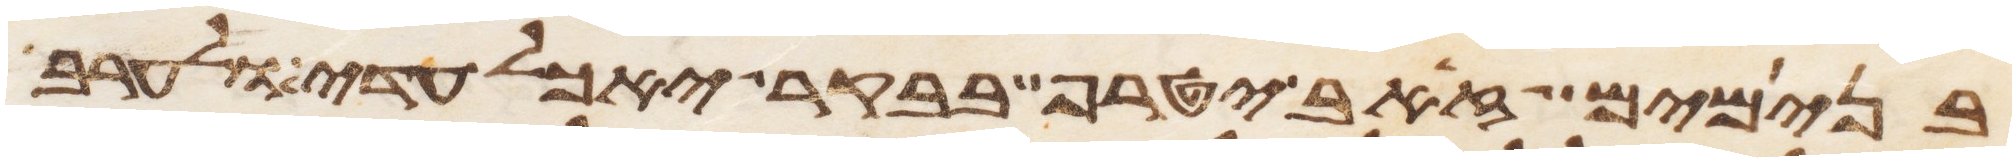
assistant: בנימים זאב יטרף בבקר יאכל עדי ולערב